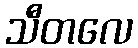
သီတလေ